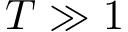
T \gg 1